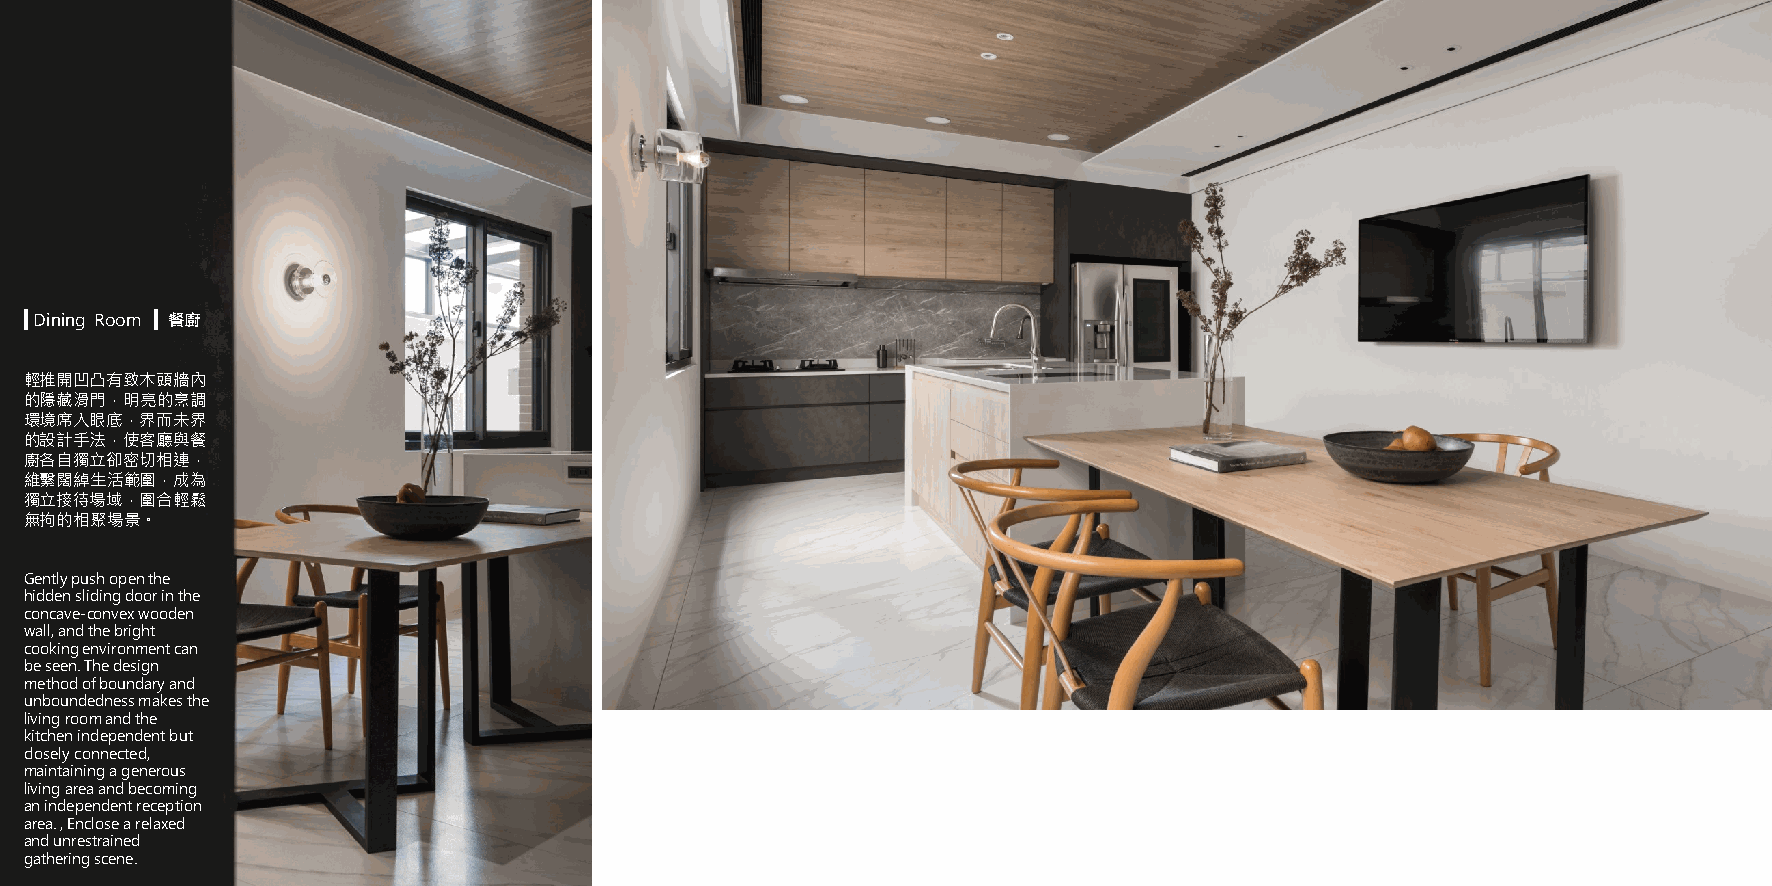
▍Dining Room ▍ 餐廚
 輕推開凹凸有致木頭牆內
 的隱藏滑門，明亮的烹調
 環境席入眼底，界而未界
 的設計手法，使客廳與餐
 廚各自獨立卻密切相連，
 維繫闊綽生活範圍，成為
 獨立接待場域，圍合輕鬆
 無拘的相聚場景。
 Gently push open the
 hidden sliding door in the
 concave-convex wooden
 wall, and the bright
 cooking environment can
 be seen. The design
 method of boundary and
 unboundedness makes the
 living room and the
 kitchen independent but
 closely connected,
 maintaining a generous
 living area and becoming
 an independent reception
 area. , Enclose a relaxed
 and unrestrained
 gathering scene.